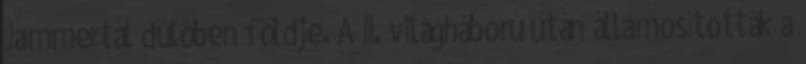
Jammertál dûlôben földje. A II. világháború után államosították a